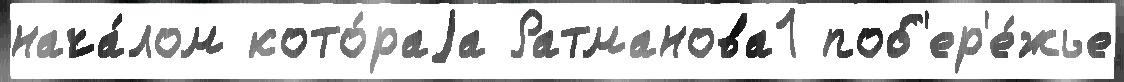
нача́лом кото́раjа Ратманова1 поб'ер'е́жье